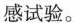
感试验。